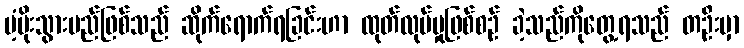
ပံ့ပိုးသွားမည်ဖြစ်သည် ဆိုက်ရောက်ရခြင်းဟာ ထုတ်လုပ်မှုဖြစ်စဉ် ခဲ့သည်ကိုတွေ့ရသည် တဦးမှာ